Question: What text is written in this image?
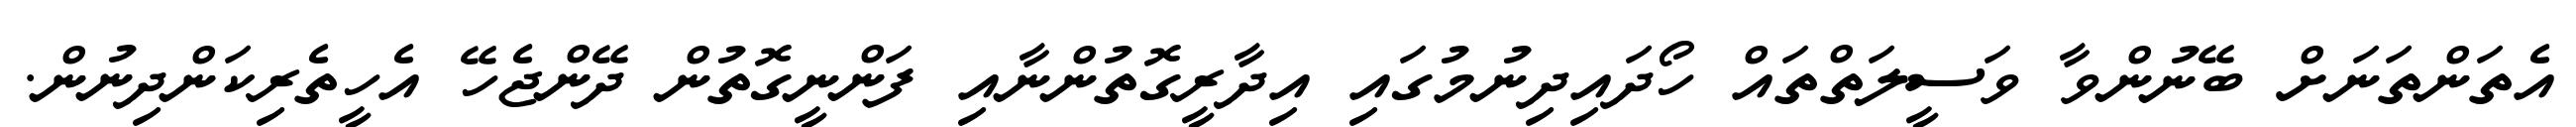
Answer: އެތަންތަނަށް ބޭނުންވާ ވަސީލަތްތައް ހޯދައިދިނުމުގައި އިދާރީގޮތުންނާއި ފަންނީގޮތުން ދޭންޖެހޭ އެހީތެރިކަންދިނުން.